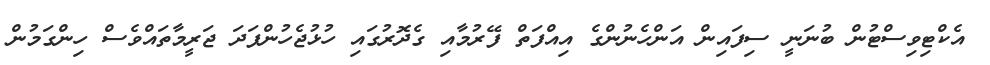
އެކްޓިވިސްޓުން ބުނަނީ ސިފައިން އަންހެނުންގެ އިއްފަތް ފޭރުމާއި ގެދޮރުގައި ހުޅުޖެހުންފަދަ ޖަރީމާތައްވެސް ހިންގަމުން